Piroplasma canis and its life cycle in the tick - Number 29
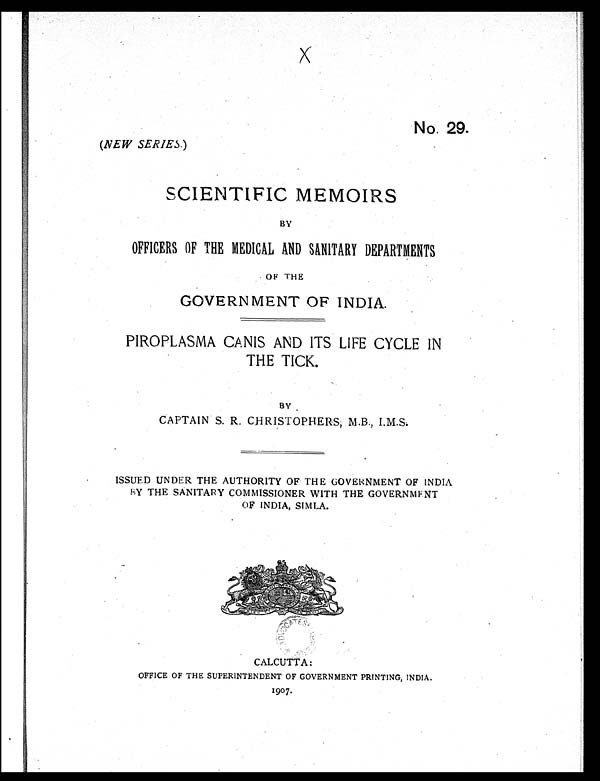
No. 29.
(NEW SERIES. )
SCIENTIFIC MEMOIRS
BY
OFFICERS OF THE MEDICAL AND SANITARY DEPARTMENTS
OF THE
GOVERNMENT OF INDIA.
PIROPLASMA CANIS AND ITS LIFE CYCLE IN
THE TICK.
BY
CAPTAIN S. R. CHRISTOPHERS, M.B., I.M.S.
ISSUED UNDER THE AUTHORITY OF THE GOVERNMENT OF INDIA
B
Y THE SANITARY COMMISSIONER WITH THE GOVERNMENT
OF INDIA, SIMLA.
CALCUTTA:
OFFICE OF THE SUPERINTENDENT OF GOVERNMENT PRINTING, INDIA.
1907.